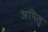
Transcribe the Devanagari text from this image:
अपिलु